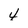
Character: 4